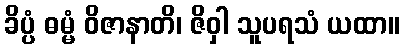
ခိပ္ပံ ဓမ္မံ ဝိဇာနာတိ၊ ဇိဝှါ သူပရသံ ယထာ။